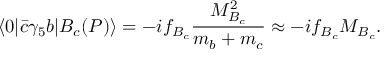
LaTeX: \langle 0 | { \bar { c } } \gamma _ { 5 } b | B _ { c } ( P ) \rangle = - i f _ { B _ { c } } \frac { M _ { B _ { c } } ^ { 2 } } { m _ { b } + m _ { c } } \approx - i f _ { B _ { c } } M _ { B _ { c } } .